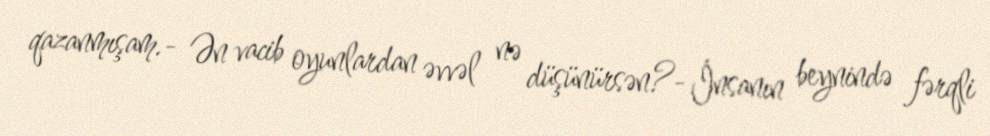
qazanmışam.- Ən vacib oyunlardan əvvəl nə düşünürsən?- İnsanın beynində fərqli